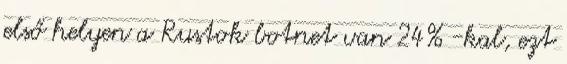
első helyen a Rustok botnet van 24% -kal, ezt